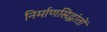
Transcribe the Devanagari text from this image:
निर्माणसिद्धांतों